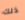
ذلك